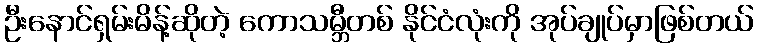
ဦးနောင်ရှမ်းမိန့်ဆိုတဲ့ ကောသမ္ဘီတစ် နိုင်ငံလုံးကို အုပ်ချုပ်မှာဖြစ်တယ်